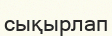
сықырлап